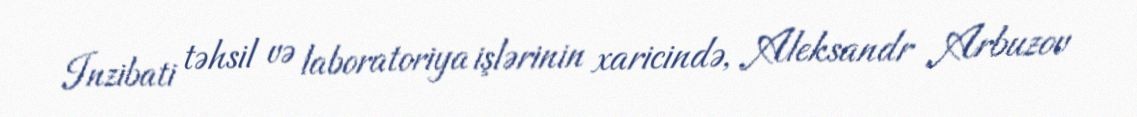
Inzibati təhsil və laboratoriya işlərinin xaricində, Aleksandr Arbuzov